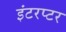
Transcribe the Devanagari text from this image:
इंटरप्टर